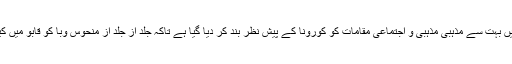
دنیا بھر میں بہت سے مذہبی مذہبی و اجتماعی مقامات کو کورونا کے پیش نظر بند کر دیا گیا ہے تاکہ جلد از جلد از منحوس وبا کو قابو میں کیا جاسکے۔